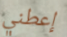
إعطني